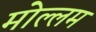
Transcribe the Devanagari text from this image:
मोल्लम